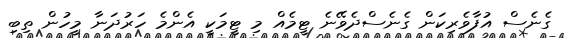
ގެނެސް އުފާވެރިކަން ގެނެސްދެވޭނެ ޓީމެއް މި ޓީމަކީ އެންމެ ހަރުދަނާ މީހުން ތިބި